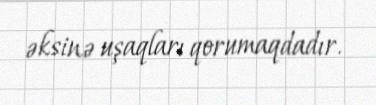
əksinə uşaqları qorumaqdadır.